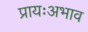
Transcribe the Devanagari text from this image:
प्रायःअभाव